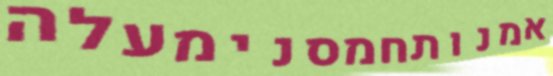
אמנותחמסנימעלה